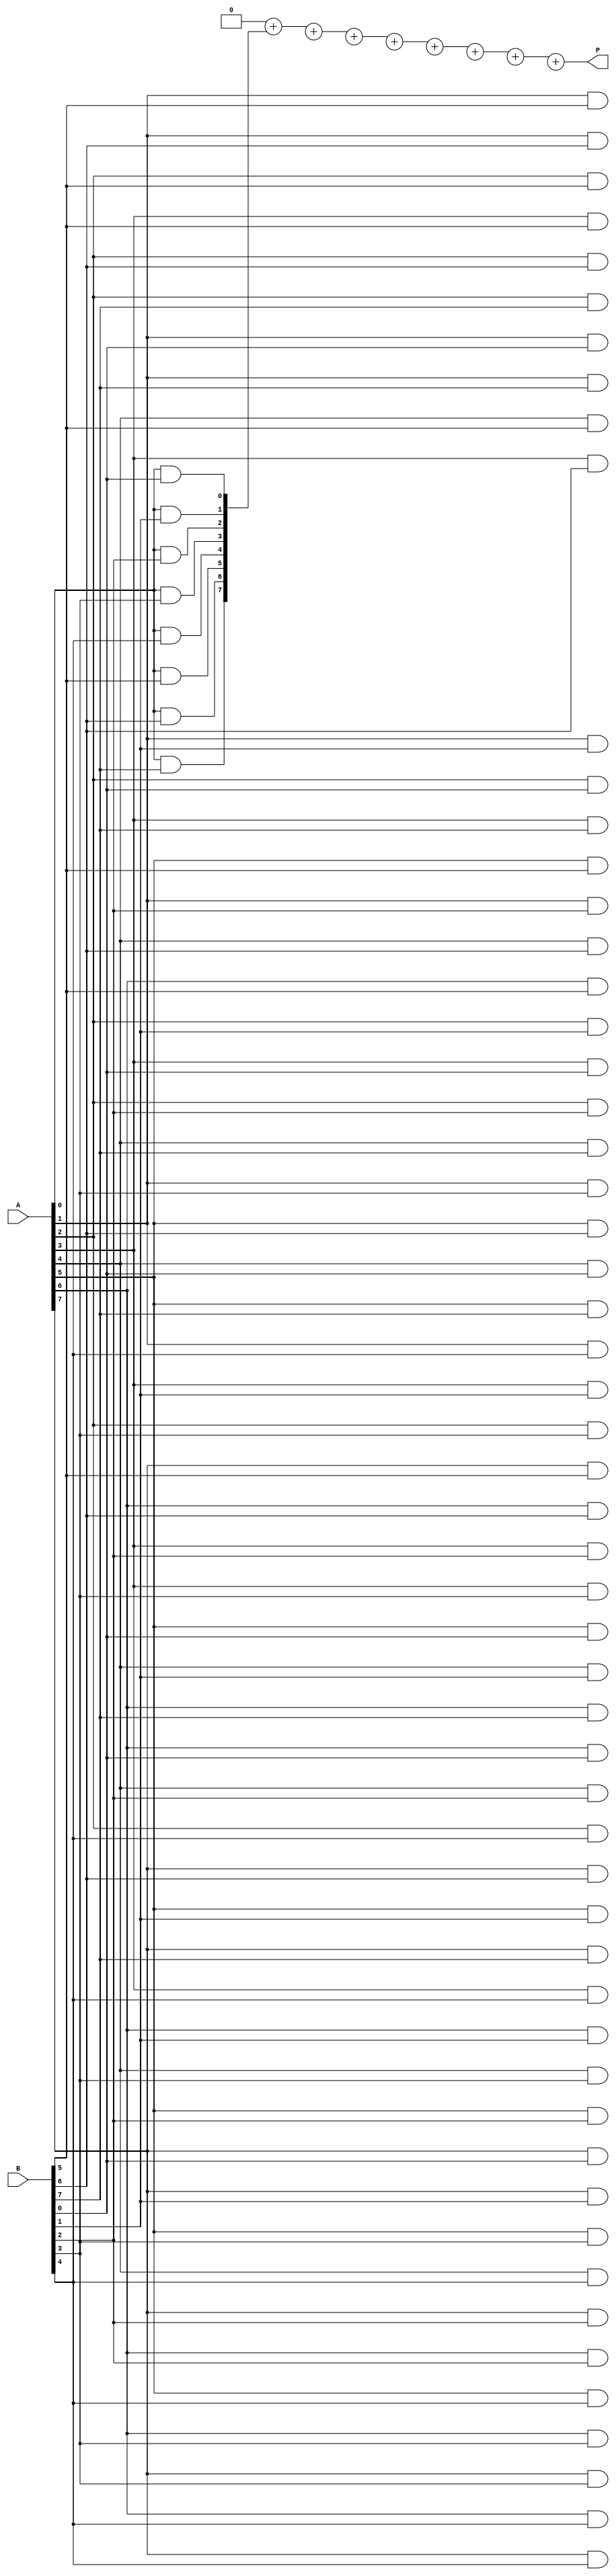
module VedicMultiplier #(parameter N = 8) (
    input  [N-1:0] A,
    input  [N-1:0] B,
    output reg [2*N-1:0] P
);
    reg [2*N-1:0] partial_products [0:N-1];
    integer i, j;

    always @(*) begin
        // Initialize the product to zero
        P = 0;

        // Generate partial products
        for (i = 0; i < N; i = i + 1) begin
            for (j = 0; j < N; j = j + 1) begin
                partial_products[i][j + i] = A[i] & B[j]; // AND operation for partial products
            end
        end

        // Add partial products together
        for (i = 0; i < N; i = i + 1) begin
            P = P + partial_products[i]; // Summing partial products
        end
    end

endmodule